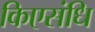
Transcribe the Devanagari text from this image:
किएसंधि